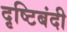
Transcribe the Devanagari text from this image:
दृष्टिबंदी